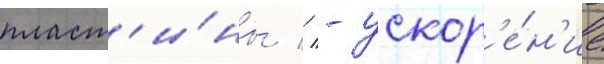
пласт'и́ны // - ускор'е́н'ие